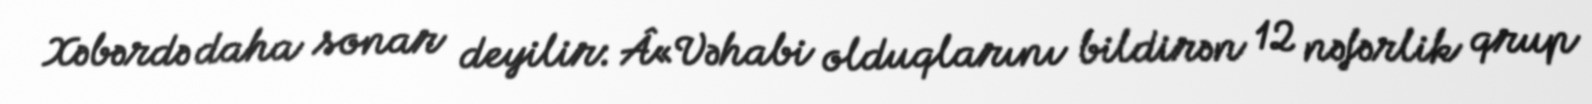
Xəbərdə daha sonar deyilir: Â«Vəhabi olduqlarını bildirən 12 nəfərlik qrup